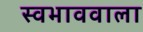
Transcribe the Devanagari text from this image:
स्वभाववाला